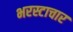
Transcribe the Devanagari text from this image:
भरस्टाचार